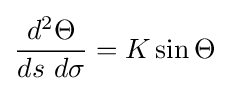
{\frac {d^{2}\Theta }{ds\ d\sigma }}=K\sin \Theta